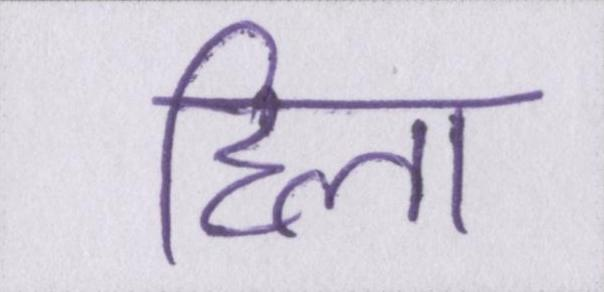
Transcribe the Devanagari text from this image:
हिला